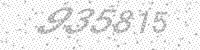
Solution: 935815